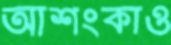
আশংকাও